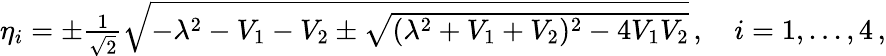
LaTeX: \begin{array}{r}{\eta_{i}=\pm\frac{1}{\sqrt{2}}\sqrt{-\lambda^{2}-V_{1}-V_{2}\pm\sqrt{(\lambda^{2}+V_{1}+V_{2})^{2}-4V_{1}V_{2}}}\, ,\quad i=1,...,4\, ,}\end{array}